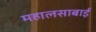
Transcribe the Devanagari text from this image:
महालसाबाई